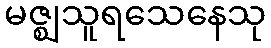
မဇ္ဈသူရသေနေသု